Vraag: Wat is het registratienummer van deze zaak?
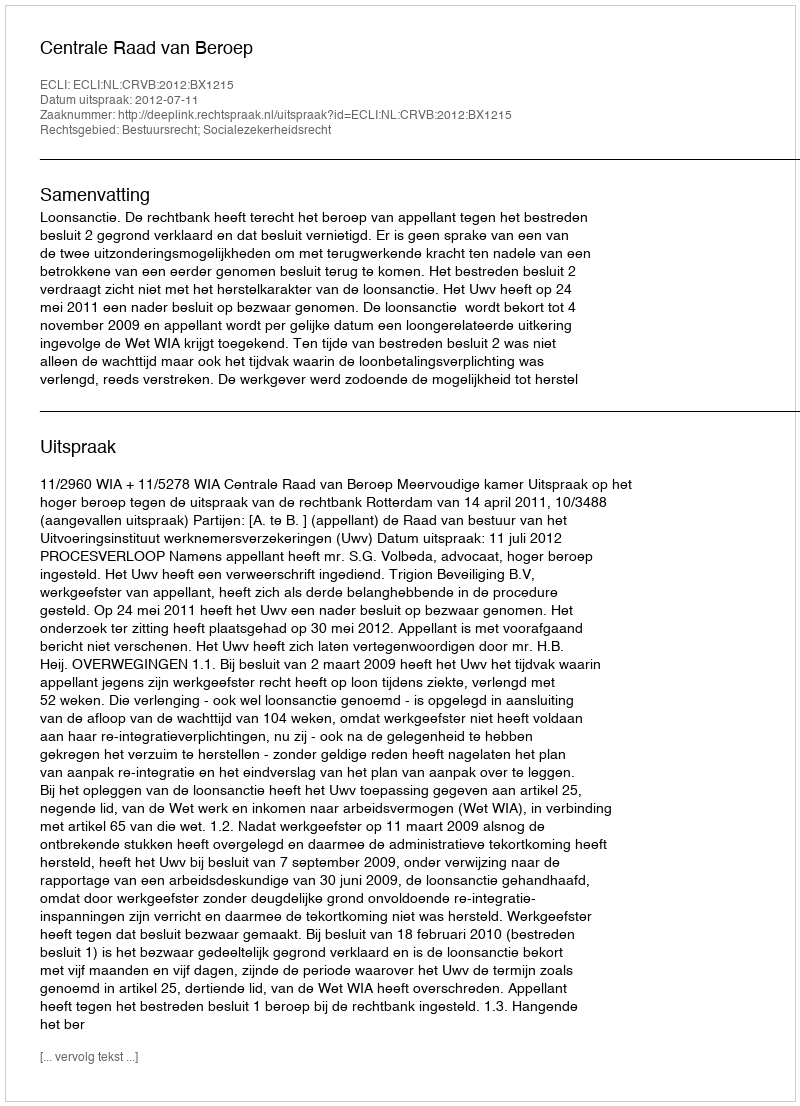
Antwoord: http://deeplink.rechtspraak.nl/uitspraak?id=ECLI:NL:CRVB:2012:BX1215